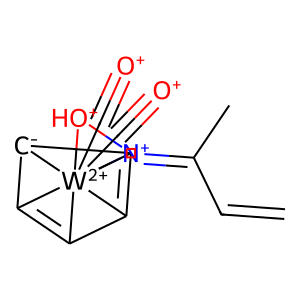
SMILES: C=CC(C)=[N+]1[OH+][W+2]12345(C#[O+])(C#[O+])C1=C2[C-]3C4=C15
Inhibits HIV replication: No